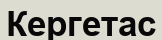
Кергетас